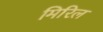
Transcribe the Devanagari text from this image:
मिरिल